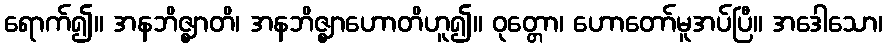
ရောက်၍။ အနဘိဇ္ဈာတိ၊ အနဘိဇ္ဈာဟောတိဟူ၍။ ဝုတ္တော၊ ဟောတော်မူအပ်ပြီ။ အဒေါသော၊